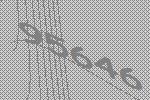
95646